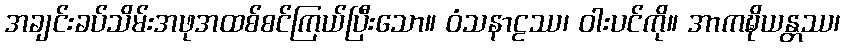
အချင်းခပ်သိမ်းအဖုအထစ်စင်ကြယ်ပြီးသော။ ဝံသနာဠဿ၊ ဝါးပင်ကို။ အာကဍ္ဎိယန္တဿ၊